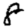
Digit: 8